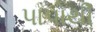
પાપોથી